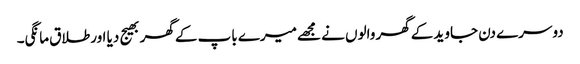
دوسرے دن جاوید کےگھر والوں نے مجھےمیرے باپ کےگھر بھیج دیا اورطلاق مانگی۔